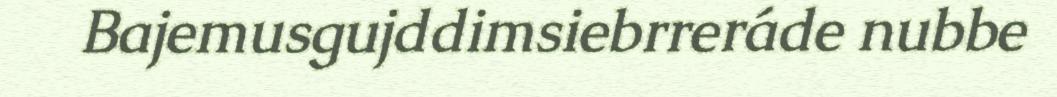
Bajemusgujddimsiebrreráde nubbe